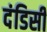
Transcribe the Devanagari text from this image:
दंडिसी